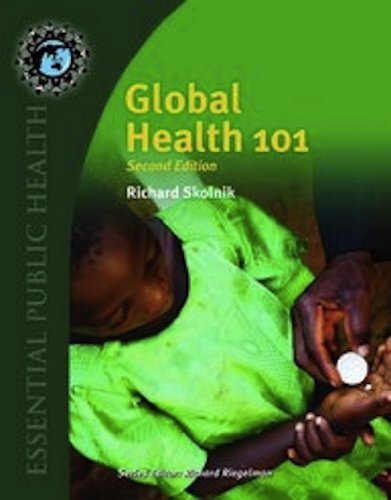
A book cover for Global Health 101 (Essential Public Health); Richard Skolnik; Medical Books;